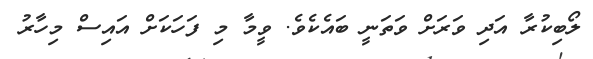
ލޯބިކުރާ އަދި ވަރަށް ވަތަނީ ބައެކެވެ. ވީމާ މި ފަހަކަށް އައިސް މިހާރު